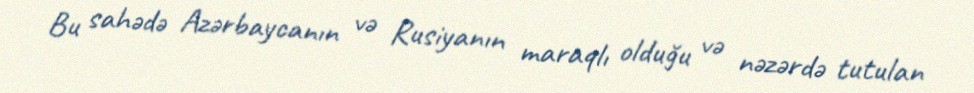
Bu sahədə Azərbaycanın və Rusiyanın maraqlı olduğu və nəzərdə tutulan